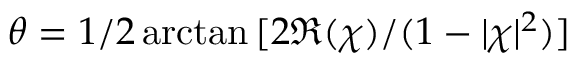
\theta = 1 / 2 \arctan { [ 2 \Re { ( \chi ) } / ( 1 - | \chi | ^ { 2 } ) ] }